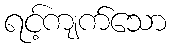
ရင့်ကျက်သော